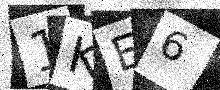
Text: 1KE6